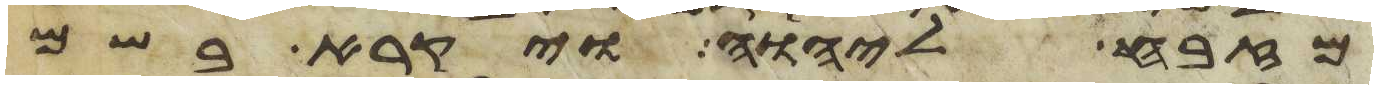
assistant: מזבח ליהוה ויקרא בשם